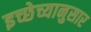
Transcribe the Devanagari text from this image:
इच्छेच्यानुसार